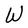
Character: W